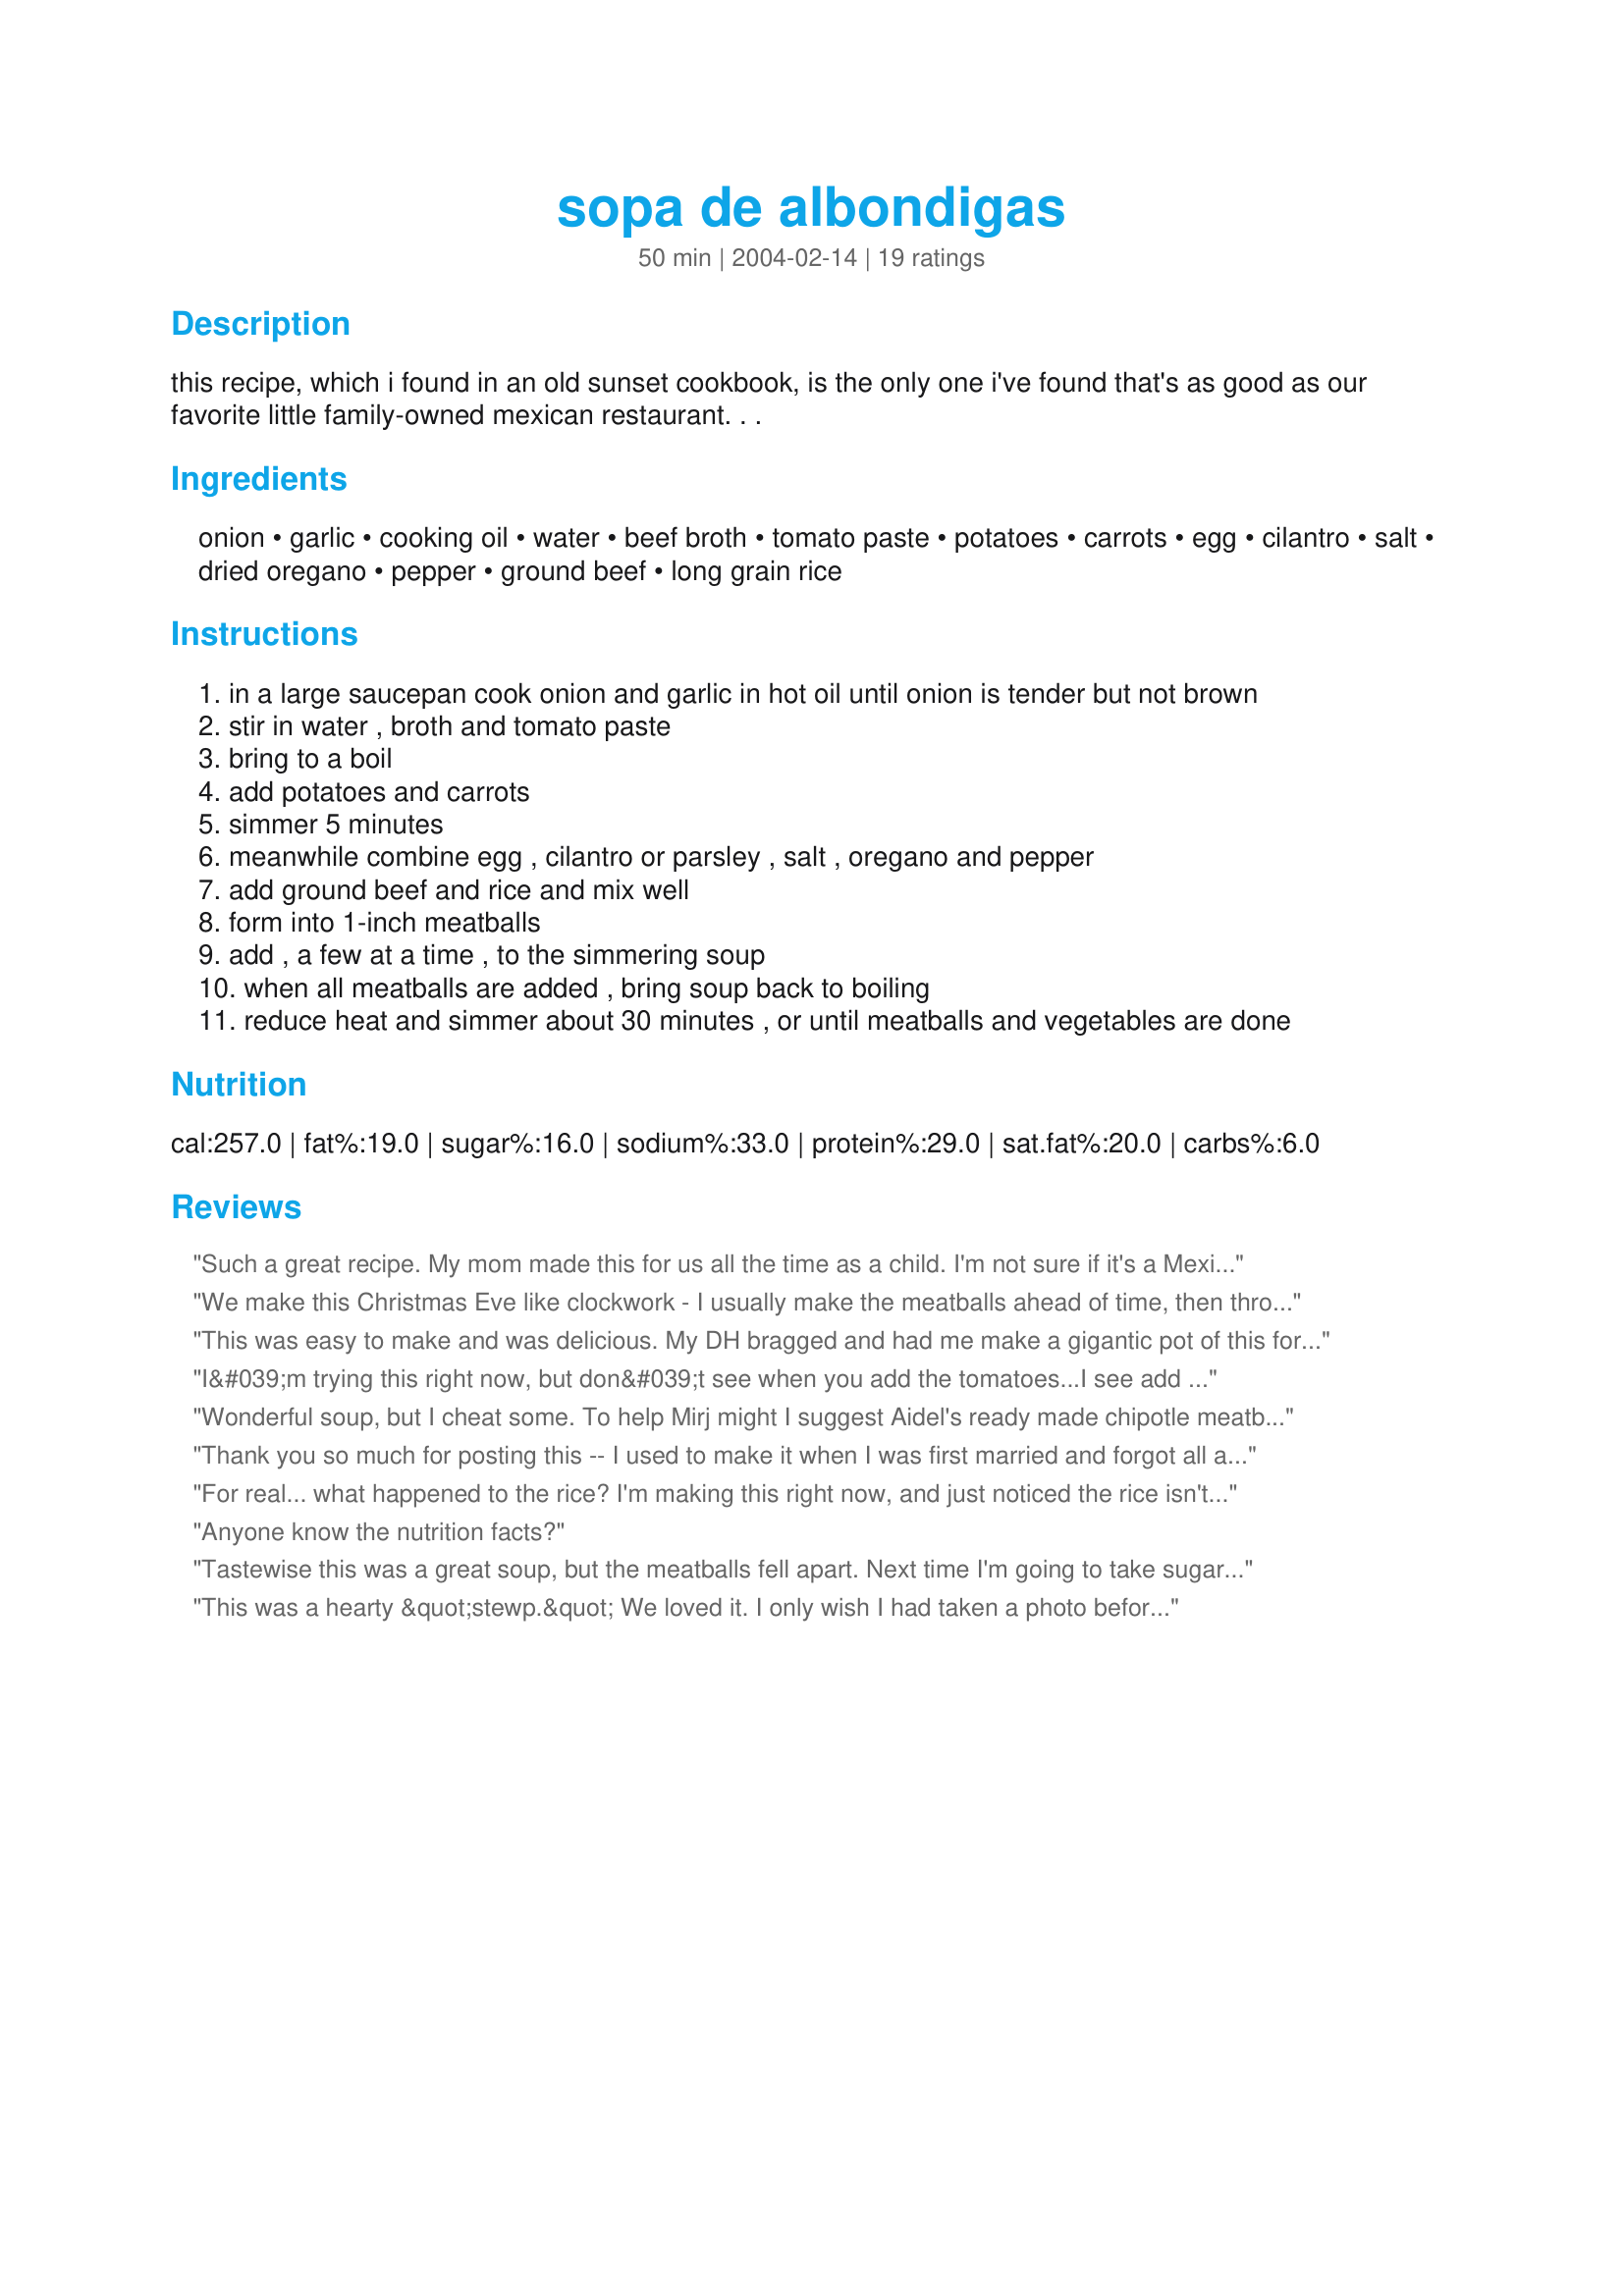
sopa de albondigas
Preparation time: 50 minutes

this recipe, which i found in an old sunset cookbook, is the only one i've found that's as good as our favorite little family-owned mexican restaurant. . .

Ingredients:
onion, garlic, cooking oil, water, beef broth, tomato paste, potatoes, carrots, egg, cilantro, salt, dried oregano, pepper, ground beef, long grain rice

Steps:
in a large saucepan cook onion and garlic in hot oil until onion is tender but not brown
stir in water , broth and tomato paste
bring to a boil
add potatoes and carrots
simmer 5 minutes
meanwhile combine egg , cilantro or parsley , salt , oregano and pepper
add ground beef and rice and mix well
form into 1-inch meatballs
add , a few at a time , to the simmering soup
when all meatballs are added , bring soup back to boiling
reduce heat and simmer about 30 minutes , or until meatballs and vegetables are done

Reviews:
Such a great recipe. My mom made this for us all the time as a child. I'm not sure if it's a Mexican regional thing but she always added hard boiled eggs to the inside of the albondigas. All you need is a small piece of egg inside and the egg white or yoke (depending on what part you stick inside) takes on the flavor of the broth- soo good.
We make this Christmas Eve like clockwork - I usually make the meatballs ahead of time, then throw it all together, then go get ready for church. It&#039;s super easy to do but I have a couple of recommendations: 1) use boxed stock - the canned stock always has a weird flavor to it; or if you have a pressure cooker - make your own stock in about 30 minutes. 2) Use only cilantro; 3) more garlic - I generally use 3 cloves or more; 4) I usually add some cumin to the meatballs as well. 4) Can&#039;t make soup w/o a bay leaf - come on!&lt;br/&gt;&lt;br/&gt;We like to serve this with crusty bread and a big giant salad and some sparkling wine. Super dinner!
This was easy to make and was delicious. My DH bragged and had me make a gigantic pot of this for his work.
I&#039;m trying this right now, but don&#039;t see when you add the tomatoes...I see add the paste but not tomatoes.
Wonderful soup, but I cheat some. To help Mirj might I suggest Aidel's ready made chipotle meatballs.
http://www.aidells.com/
Thank you so much for posting this -- I used to make it when I was first married and forgot all about it after I lost the cookbook it came from. We used to really love this, even though of course we added our own twist to it!
For real... what happened to the rice? I'm making this right now, and just noticed the rice isn't in the recipe.
Anyone know the nutrition facts?
Tastewise this was a great soup, but the meatballs fell apart. Next time I'm going to take sugarpea's advice and brown the meatballs first. The leftovers really thickened up in the fridge, so I served the soup the next day over pasta, it made a great sauce.
This was a hearty &quot;stewp.&quot; We loved it. I only wish I had taken a photo before we ate it all. Hopefully next time, I remember. Thanks CCLady.
WOW... this soup is great! My mom used to make mexican meatballs, but to me her cooking was bland so I looked for a recipe that seemed similar, just with more ingredients for flavor. I hit the jackpot! The only complaint I had was that initially the meatballs had too strong of an oregano flavor, but by the time my BF got home from work several hours later and heated himself some, the flavors seem to have blended. Next time I'll cut the oregano somewhat. But overall it was fabulous. I made some fresh corn tortillas to go along with it... YUMMY!
I discovered this recipe on here a while back, and made it several times throughout the colder months. Everyone here loves it. The only thing I do differently is to use several cut up baby carrots instead of the the large carrots. I usually have the baby ones on hand,and the kids will eat the smaller pieces better. No problem at all with meatballs falling apart, but I make them pretty small.
My husband is Mexican, so I am always looking for great &quot;home&quot; food for him. He loved this recipe, said it was just like his moms. He suggested changing the meatballs for shrimp, so we&#039;ll try it later this week! Thanks for the great recipe!
Loved this tomato base albondigas! Simple tasting. I used 3 cloves of garlic and added 1 bay leaf.
Easy to follow, looks intimidating but its not. I wanted something like my moms and this fit the bill. In our home we like things spicy so the only difference were that I added some spices - a teaspoon of ground ginger and half a jalapeno pepper. My meatballs didn't fall apart, again they weren't too big, I used a teaspoon to scoop and shape them. Thanks for sharing, this was a hit.
Wonderful soup! Made it in the crockpot after browning the meatballs and removing the grease. Very hearty and satisfying and we both loved it. Only thing I will change next time is to add garlic to the meatballs as well as the soup.
This was my first time making this soup, it was fast easy & delicious! Thanks for sharing!
This was different than the version I grew up with, but sooo delicious. Easy to put together and almost more of a meatball stew than a soup as the broth was very rich and satisfying. The only change I made was adding some chopped fresh cilantro to the broth as well. DH enjoyed it and he is not a soup sort of guy. Thanks for sharing! I'll be making this again.
Well; I’ve been in Mexico for 19 years and a Chef for much longer and this is not authentic sorry to say. Cilantro is used to finish the preparation but Hierbabuena/Menta=Spearmint/Mint which is the most common mint sold in groceries/markets is integrated into the mixture and the broth. As for what’s in the broth; potatoes? Usually calabaza verde / zucchini- thick cut, zanahoria / carrots- thick cut, green beans etc... potatoes cloud the broth and add a double starch. Anyway; the mint is a must and you will find it to be a much more vibrant satisfying bowl of sopa!
